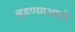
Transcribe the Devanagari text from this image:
बुडण्याआधी